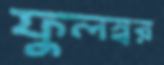
ফুলস্বর